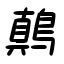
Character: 鷏